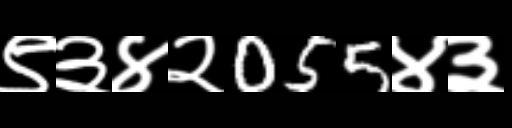
Text: ९३४२055४३